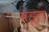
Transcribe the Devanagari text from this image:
बहूल